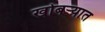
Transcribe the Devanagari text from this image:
खोबऱ्यात